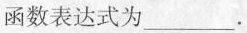
函数表达式为___.